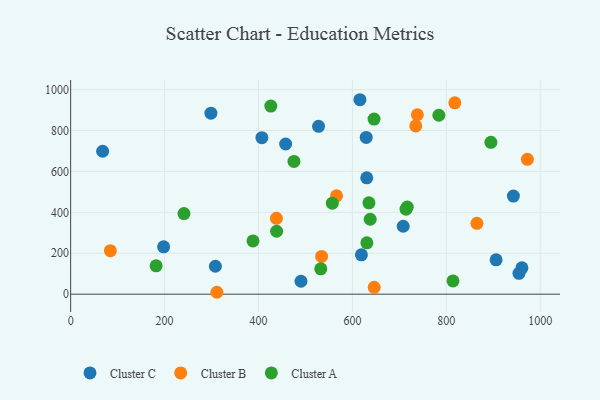
{"axis": {"x": "Speed", "y": "Exam Score"}, "legend": ["Cluster A", "Cluster B", "Cluster C"], "data": [{"x": "407.2", "y": 765.1, "type": "Cluster C"}, {"x": "961.0", "y": 128.6, "type": "Cluster C"}, {"x": "490.5", "y": 63.1, "type": "Cluster C"}, {"x": "942.8", "y": 479.4, "type": "Cluster C"}, {"x": "68.1", "y": 698.6, "type": "Cluster C"}, {"x": "308.2", "y": 136.5, "type": "Cluster C"}, {"x": "616.0", "y": 950.4, "type": "Cluster C"}, {"x": "298.7", "y": 884.9, "type": "Cluster C"}, {"x": "954.7", "y": 101.7, "type": "Cluster C"}, {"x": "906.0", "y": 167.9, "type": "Cluster C"}, {"x": "619.2", "y": 192.5, "type": "Cluster C"}, {"x": "457.8", "y": 733.9, "type": "Cluster C"}, {"x": "527.9", "y": 820.6, "type": "Cluster C"}, {"x": "629.4", "y": 766.1, "type": "Cluster C"}, {"x": "708.2", "y": 332.0, "type": "Cluster C"}, {"x": "198.0", "y": 231.2, "type": "Cluster C"}, {"x": "630.5", "y": 568.8, "type": "Cluster C"}, {"x": "84.6", "y": 212.7, "type": "Cluster B"}, {"x": "438.2", "y": 370.9, "type": "Cluster B"}, {"x": "865.2", "y": 346.5, "type": "Cluster B"}, {"x": "738.3", "y": 876.9, "type": "Cluster B"}, {"x": "566.2", "y": 480.7, "type": "Cluster B"}, {"x": "646.4", "y": 33.5, "type": "Cluster B"}, {"x": "818.1", "y": 935.2, "type": "Cluster B"}, {"x": "734.9", "y": 822.4, "type": "Cluster B"}, {"x": "534.4", "y": 184.4, "type": "Cluster B"}, {"x": "972.6", "y": 658.9, "type": "Cluster B"}, {"x": "311.4", "y": 9.3, "type": "Cluster B"}, {"x": "241.3", "y": 393.9, "type": "Cluster A"}, {"x": "784.1", "y": 874.4, "type": "Cluster A"}, {"x": "475.5", "y": 648.9, "type": "Cluster A"}, {"x": "557.2", "y": 444.7, "type": "Cluster A"}, {"x": "814.2", "y": 64.9, "type": "Cluster A"}, {"x": "426.2", "y": 919.3, "type": "Cluster A"}, {"x": "894.9", "y": 742.2, "type": "Cluster A"}, {"x": "182.0", "y": 138.7, "type": "Cluster A"}, {"x": "716.8", "y": 425.6, "type": "Cluster A"}, {"x": "388.3", "y": 260.2, "type": "Cluster A"}, {"x": "646.1", "y": 855.8, "type": "Cluster A"}, {"x": "635.2", "y": 446.4, "type": "Cluster A"}, {"x": "637.9", "y": 366.3, "type": "Cluster A"}, {"x": "438.6", "y": 307.6, "type": "Cluster A"}, {"x": "714.2", "y": 415.5, "type": "Cluster A"}, {"x": "630.8", "y": 251.0, "type": "Cluster A"}, {"x": "532.6", "y": 124.1, "type": "Cluster A"}]}